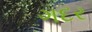
ગદર